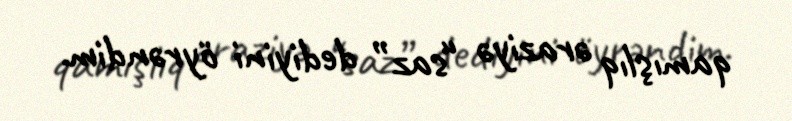
qamışlıq əraziyə “saz” dediyini öyrəndim.